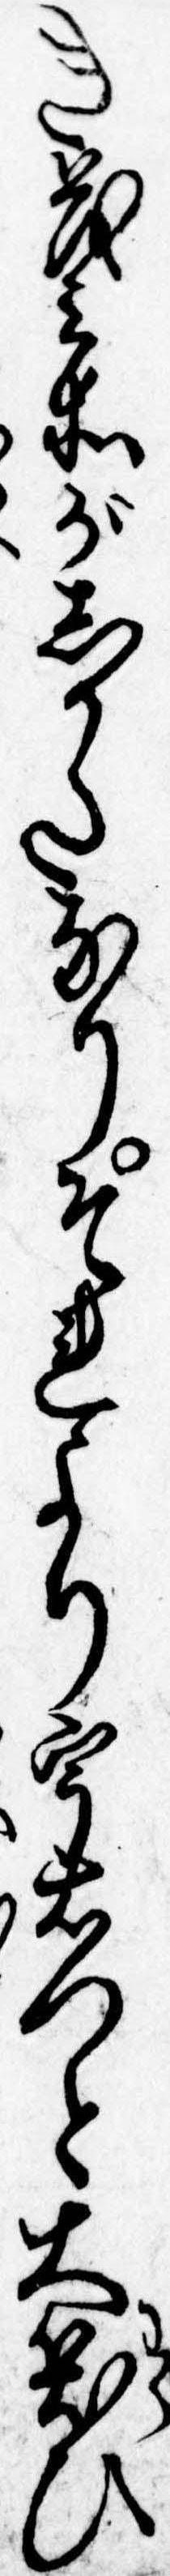
き茂兵衛がしかたなりそれより宇右門と大笑ひ